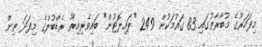
މިފަހަރުގެ މުބާރާތުގައި 83 ގައުމަކުން 249 "ޕައިލޮޓުން" ބައިވެރިއިރު ރެޑްބުލްގެ މިފަދަ ތިން